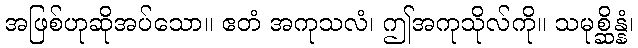
အဖြစ်ဟုဆိုအပ်သော။ ဧတံ အကုသလံ၊ ဤအကုသိုလ်ကို။ သမုစ္ဆိန္နံ၊